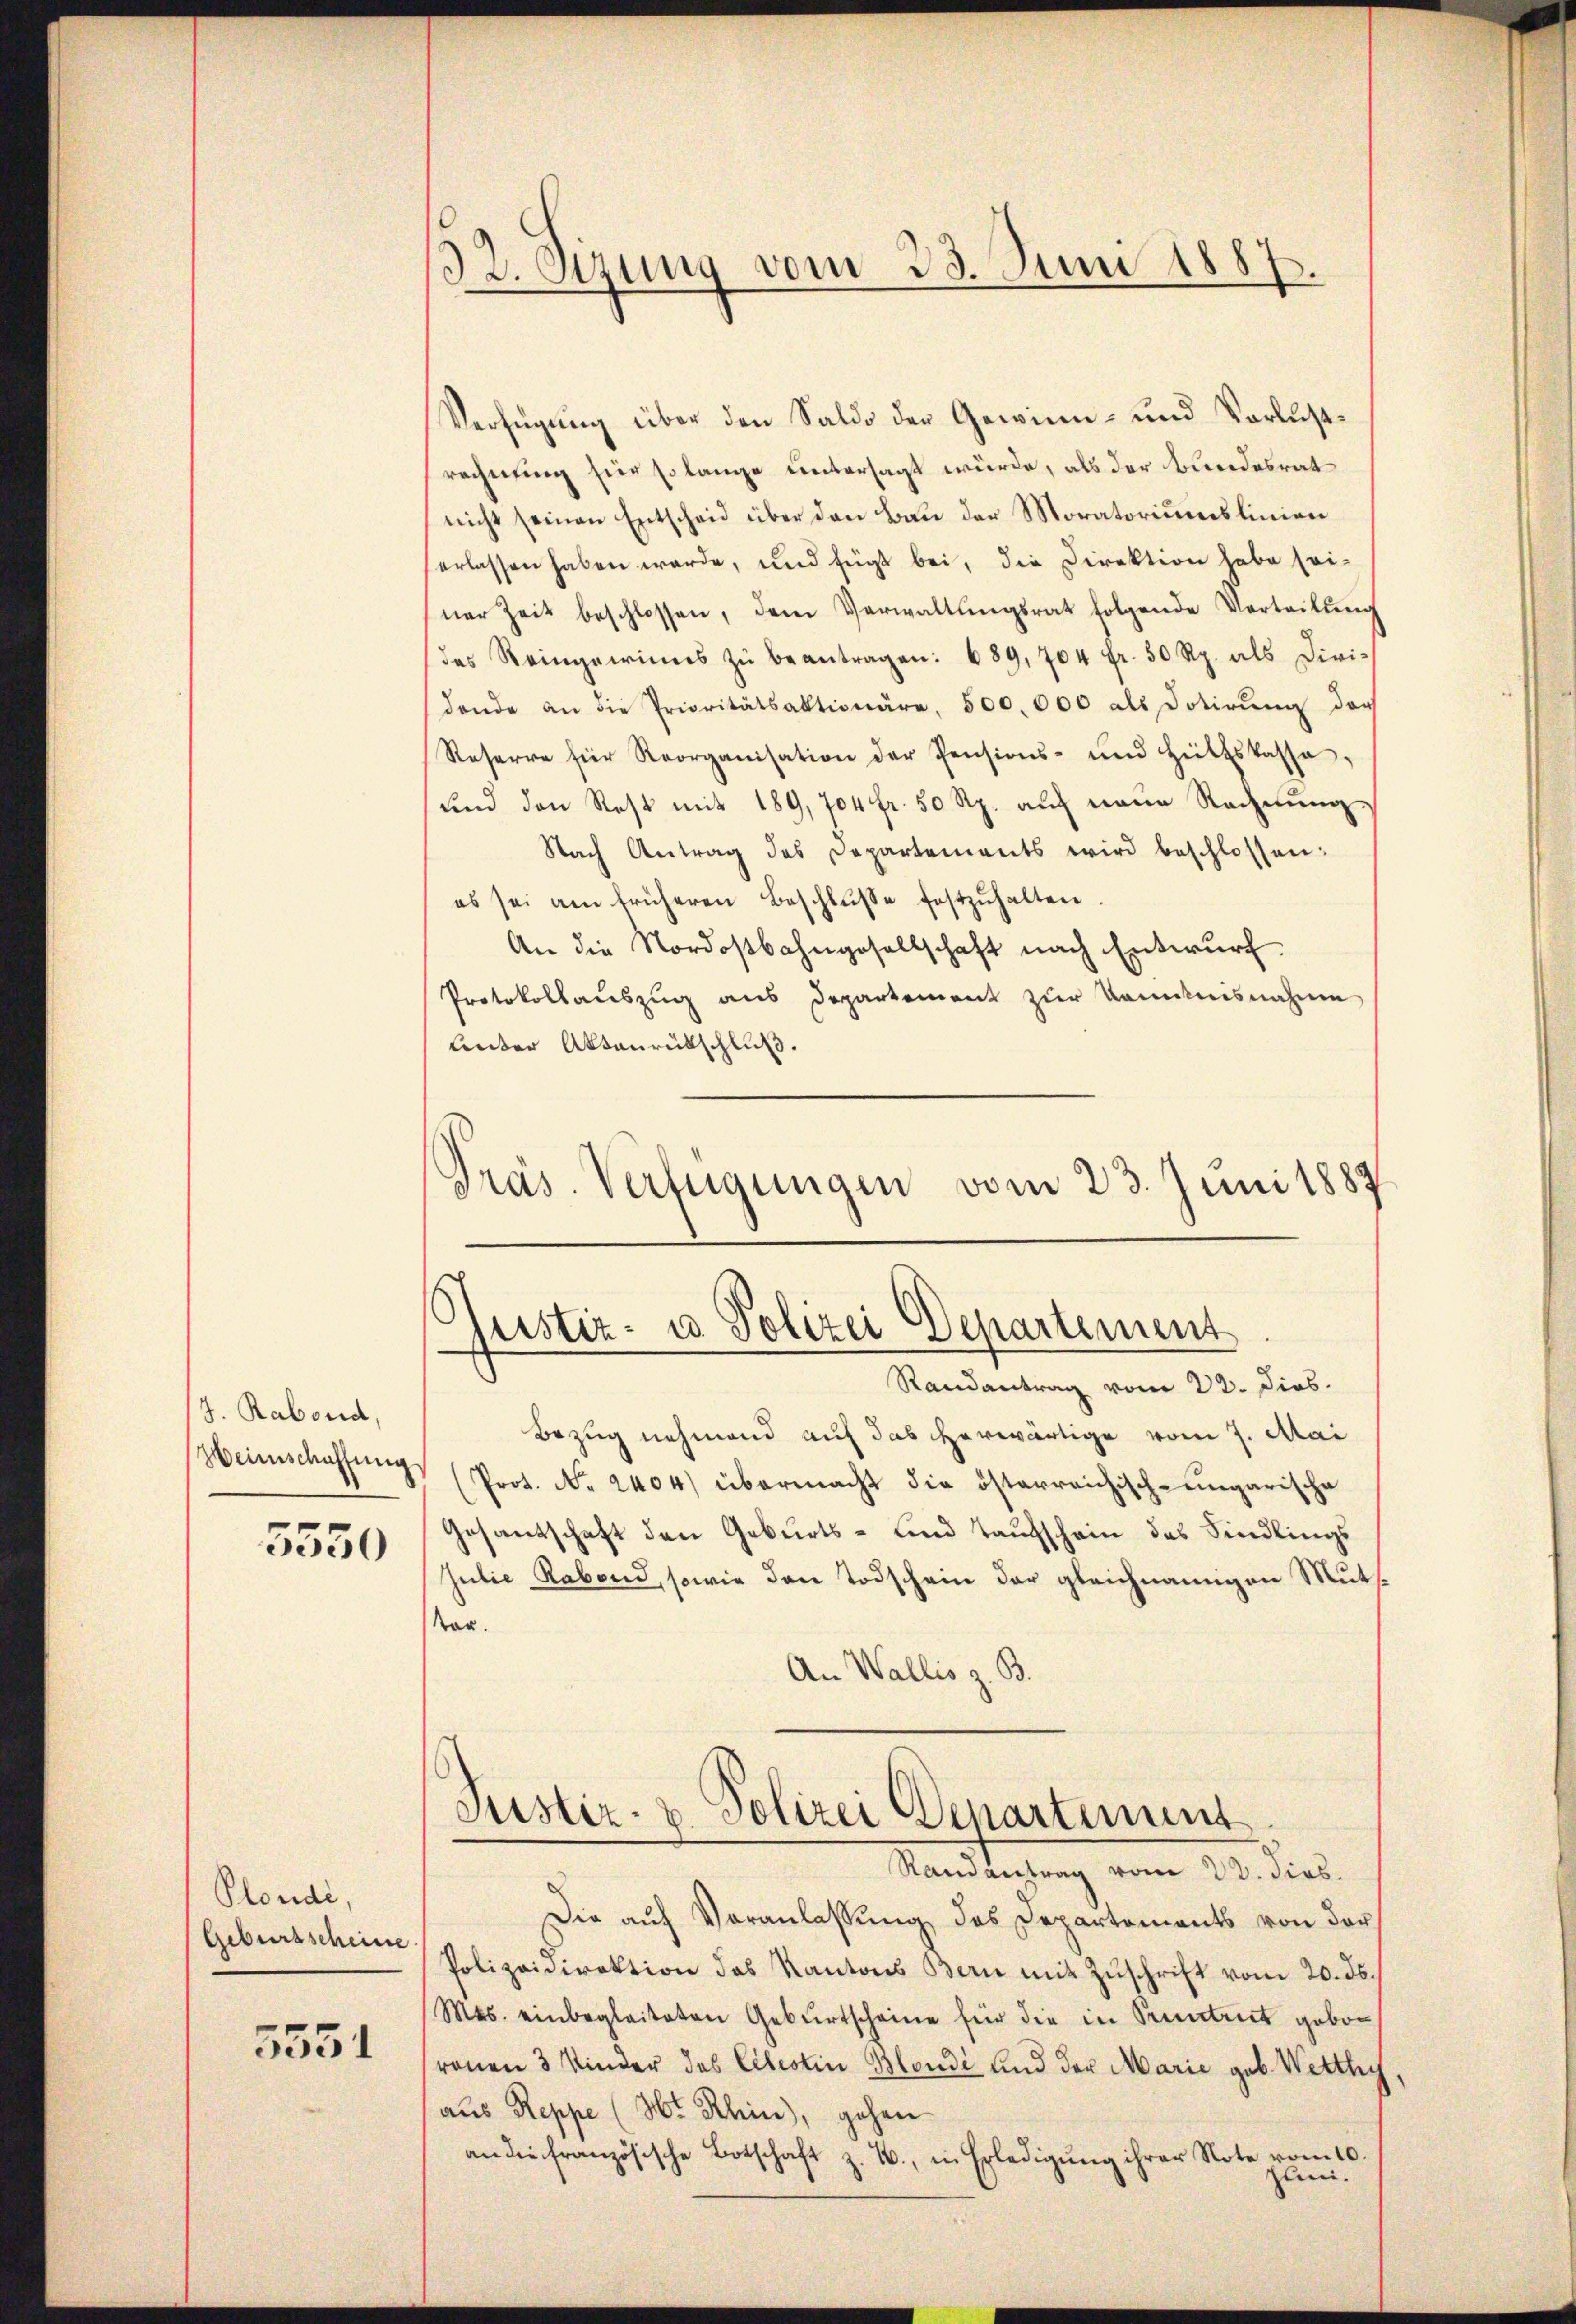
J. Rabend,
Weinschaffung
5550

Plondi,
Geburtscheine

5551

Verfügung über den Saldo der Gewinn- und Verlustrechnung für so lange untersagt würde, als der Bundesrat
nicht seinen Entscheid über den Bau der Moratoriuenslinien
erlassen haben werde, und fügt bei, die Direktion habe sei-
ner Zeit beschlossen, dem Verwaltŭngsrat folgende Verteilŭng
das Reingewinns zŭ beantragen: 689, 704 fr. 50 Rp. als Divi-
dende an die Prioritätsaktionäre, 500.000 als Dotirŭng der
Reserre für Reorganisation der Pensions- und Heittskasse,
und den Rest mit 189, 704 fr. 50 Rp. aŭf neue Rechnŭng
Nach Antrag des Departements wird beschlossen:
es sei am früheren Beschlŭsse festzŭhalten
An die Nordostbahngesellschaft nach Entwurf
Protokollauszug aus Departement zur Kenntnisnahme
Lnter Aktenrütschluß.
Präs. Verfügungen vom 23. Juni 1887

132. Sezung vom 23. Juni 1887.

Justiz- u Polizei Departement

Randantrag vom 22. Dios.
Bezug nehmend auf das herwärtige vom 7. Mai
Prot. No. 2404) übermacht die österreichisch-ungarische
Gesantschaft den Geburts- und Taufschein des Findlings
Julie Rabend, sowie den Todschein der gleichnangen Muts¬
Tag.
An Wallis z. B.
Justiz- & Polizei Departement
Randantrag vom 20. dies
Die aŭf Veranlassŭng des Departements von der
Polizeidirektion des Kantons Bern mit Zŭschrift vom 20. ds.
Mts. einbegleiteten Geburtscheine für die in Pruntrut geboronen 3 Kinder das Cibestin Blondi und der Marie geb. Wetthy
aus Reppe (Hr. Rhein), gehen
an die französische Botschaft z. B. in Erledigŭng ihrer Note vom 10.
lii.